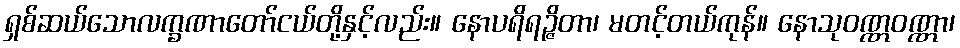
ရှစ်ဆယ်သောလက္ခဏာတော်ငယ်တို့နှင့်လည်း။ နောပရိရဉ္ဇိတာ၊ မတင့်တယ်ကုန်။ နောသုဝဏ္ဏဝဏ္ဏာ၊